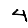
Digit: 4